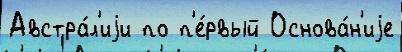
Австра́л'иjи по п'е́рвый Основа́н'иjе